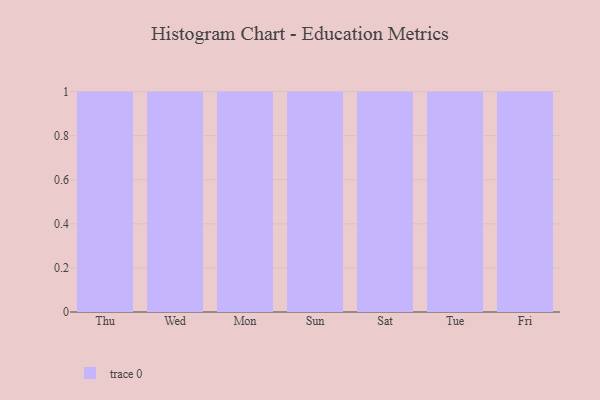
{"axis": {"x": "Day", "y": "Humidity (%)"}, "legend": [""], "data": [{"x": "Thu", "y": 79, "type": ""}, {"x": "Wed", "y": 69, "type": ""}, {"x": "Mon", "y": 18, "type": ""}, {"x": "Sun", "y": 81, "type": ""}, {"x": "Sat", "y": 70, "type": ""}, {"x": "Tue", "y": 64, "type": ""}, {"x": "Fri", "y": 64, "type": ""}]}